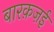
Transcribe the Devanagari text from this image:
बारक़ज़ई